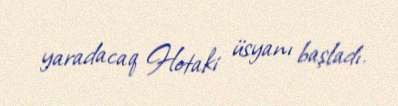
yaradacaq Hotaki üsyanı başladı.